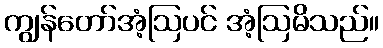
ကျွန်တော်အံ့ဩပင် အံ့ဩမိသည်။